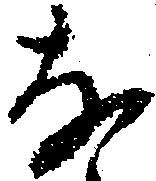
な